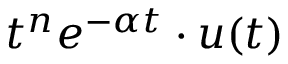
t ^ { n } e ^ { - \alpha t } \cdot u ( t )